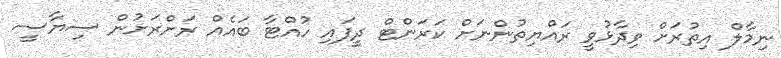
ނިމާލް އިތުރަށް ވިދާޅުވީ ރައްޔިތުންނަށް ކަރަންޓް ދީފައި ހުއްޓާ ބައެއް ރަށްރަށުން ސިޔާސީ